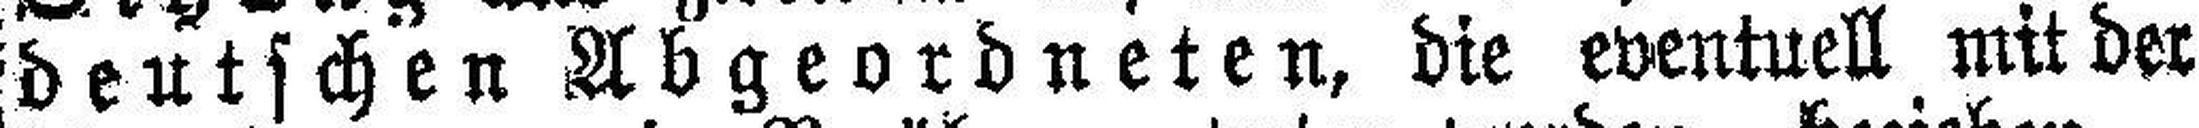
deutschen Abgeordneten, die eventuell mit der